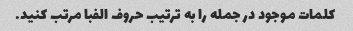
کلمات موجود در جمله را به ترتیب حروف الفبا مرتب کنید.